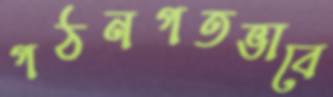
গঠনগতভাবে